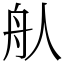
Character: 𦨈